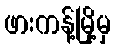
ဖားကန့်မြို့မှ